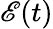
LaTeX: \mathscr{E}(t)